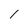
Character: 1